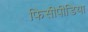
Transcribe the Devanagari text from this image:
फिसीपीडिया